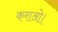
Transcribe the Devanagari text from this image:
कराओ।